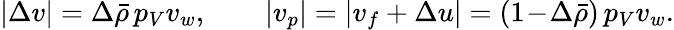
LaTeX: |\Delta v|=\Delta\bar{\rho}\, p_{V}v_{w},\qquad|v_{p}|=|v_{f}+\Delta u|=(1\! -\! \Delta\bar{\rho})\, p_{V}v_{w}.